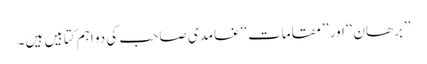
’’برھان‘‘ اور ’’مقامات‘‘غامدی صاحب کی دو اہم کتابیں ہیں۔